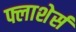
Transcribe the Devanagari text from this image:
फ्लाशेर्स